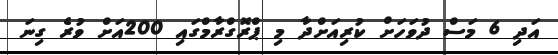
އަދި 6 މަސް ދުވަހަށް ކުރިއަށްދާ މި ޕްރޮގްރާމްގައި 200އަށް ވުރެ ގިނަ